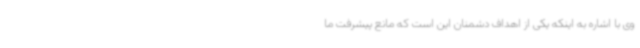
وی با اشاره به اینکه یکی از اهداف دشمنان این است که مانع پیشرفت ما